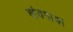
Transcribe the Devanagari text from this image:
खंडपाड़ा